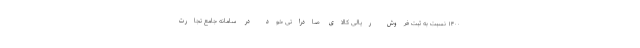
۱۴۰۰ نسبت به ثبت فروش ریالی کالای صادراتی خود در سامانه جامع تجارت